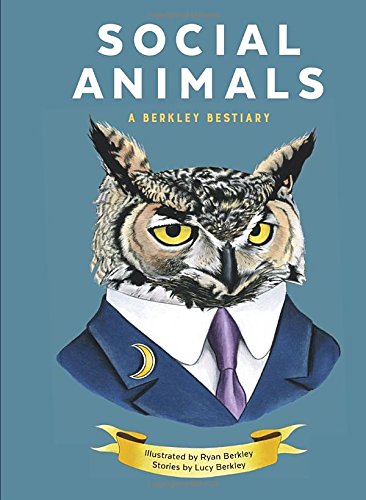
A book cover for Social Animals: A Berkley Bestiary; Lucy Berkley; Arts & Photography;